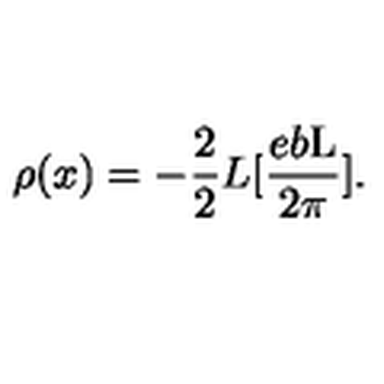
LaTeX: { \rho } ( x ) = - \frac { 2 } { 2 } { L } [ \frac { e b \mathrm { L } } { 2 \pi } ] .